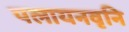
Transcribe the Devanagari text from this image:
पलायनवृनि